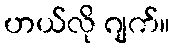
ဟယ်လို ဂျက်။